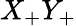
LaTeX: X_{+}Y_{+}